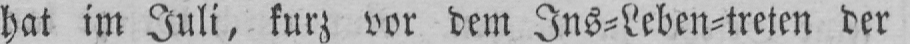
hat im Juli, kurz vor dem Ins⸗Leben⸗treten der